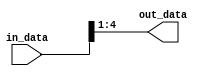
module part_select_assign (
    input [7:0] in_data,
    output [3:0] out_data
);

assign out_data = in_data[4:1];

endmodule